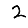
Digit: 2